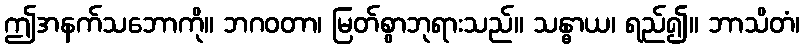
ဤအနက်သဘောကို။ ဘဂဝတာ၊ မြတ်စွာဘုရားသည်။ သန္ဓာယ၊ ရည်၍။ ဘာသိတံ၊